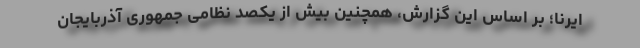
ایرنا؛ بر اساس این گزارش، همچنین بیش از یکصد نظامی جمهوری آذربایجان